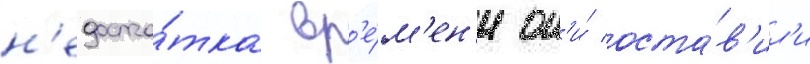
н'едоста́тка вр'е́м'ен'и он'и́ оста́в'ил'и